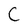
Character: C